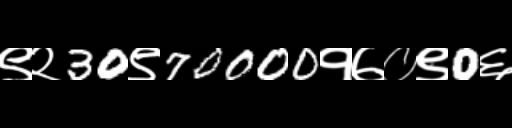
Text: ९२30९70000१७०९0६